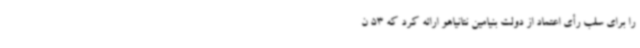
را برای سلب رأی اعتماد از دولت بنیامین نتانیاهو ارائه کرد که 53 ن